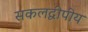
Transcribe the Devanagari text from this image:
सकलद्वीपीय